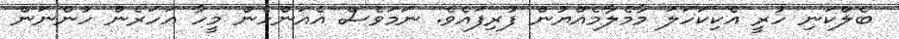
ބެލްކަނި ހުރީ އެކިކަހަލަ މާމެލާމެއްޔުން ފުރިފައެވެ. ނަމަވެސް އެއަންހެން މީހާ އަހަރެން ހުންނަން